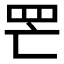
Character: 𦉾